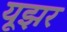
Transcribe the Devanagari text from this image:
यूझर